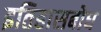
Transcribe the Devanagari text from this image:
इतिहासबोध